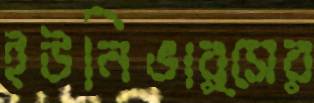
ইউনিভার্সের